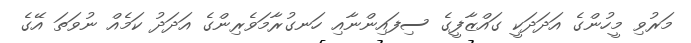
މަރުވި މީހުންގެ އަދަދަކީ ގައްޒާފީގެ ސިފައިންނާއި ހަނގުރާމަވެރިންގެ އަދަދު ކަމެއް ނުވަތަ އޭގެ